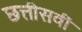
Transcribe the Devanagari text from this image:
छत्तीसवीं